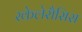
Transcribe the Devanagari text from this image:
स्केलेरौसिस